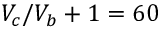
V _ { c } / V _ { b } + 1 = 6 0